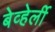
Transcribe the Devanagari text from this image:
बेव्हेर्ली